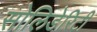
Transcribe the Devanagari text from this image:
सोलिडेरिटी